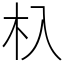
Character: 杁